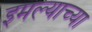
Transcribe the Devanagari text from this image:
इमल्याच्या